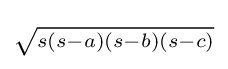
\scriptstyle {\sqrt {s(s-a)(s-b)(s-c)}}